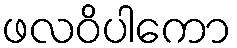
ဖလဝိပါကော